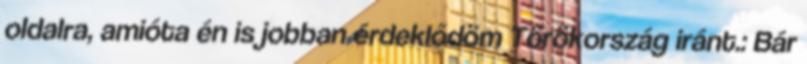
oldalra, amióta én is jobban érdeklődöm Törökország iránt.: Bár